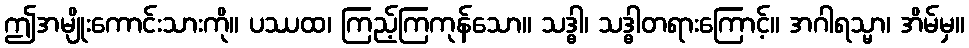
ဤအမျိုးကောင်းသားကို။ ပဿထ၊ ကြည့်ကြကုန်သော။ သဒ္ဓါ၊ သဒ္ဓါတရားကြောင့်။ အဂါရသ္မာ၊ အိမ်မှ။